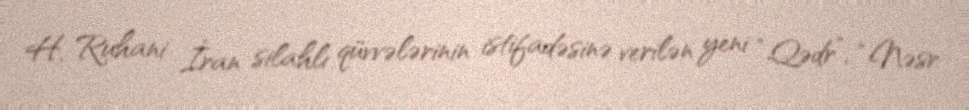
H. Ruhani İran silahlı qüvvələrinin istifadəsinə verilən yeni “Qədr”, “Nəsr